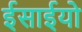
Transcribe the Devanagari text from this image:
ईसाईयो